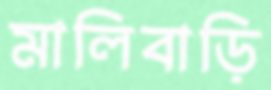
মালিবাড়ি